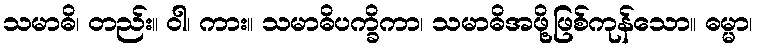
သမာဓိ၊ တည်း။ ဝါ၊ ကား။ သမာဓိပက္ခိကာ၊ သမာဓိအဖို့ဖြစ်ကုန်သော။ ဓမ္မာ၊